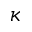
\kappa